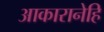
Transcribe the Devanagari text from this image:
आकारानेहि